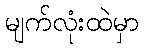
မျက်လုံးထဲမှာ